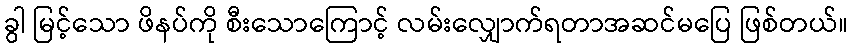
ခွါ မြင့်သော ဖိနပ်ကို စီးသောကြောင့် လမ်းလျှောက်ရတာအဆင်မပြေ ဖြစ်တယ်။